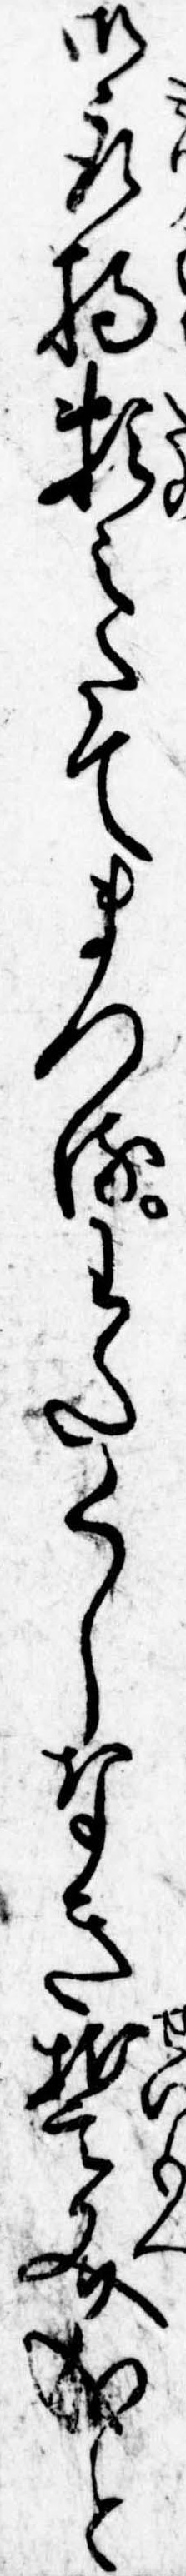
御取持頼みたてまつるわたくしなき誓文成と